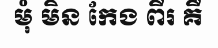
មុំ មិន កែង ពីរ គឺ